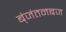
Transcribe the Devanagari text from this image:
ब्ंजंतनबज